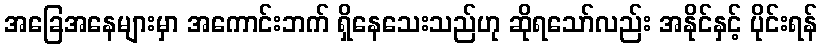
အခြေအနေများမှာ အကောင်းဘက် ရှိနေသေးသည်ဟု ဆိုရသော်လည်း အနိုင်နှင့် ပိုင်းရန်